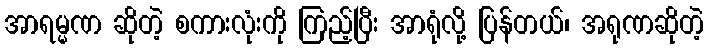
အာရမ္မဏ ဆိုတဲ့ စကားလုံးကို ကြည့်ပြီး အာရုံလို့ ပြန်တယ်၊ အရုဏဆိုတဲ့